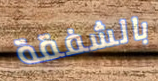
بالشفقة